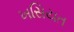
ખસિયત